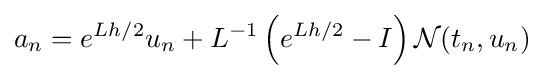
a_{n}=e^{Lh/2}u_{n}+L^{-1}\left(e^{Lh/2}-I\right){\mathcal {N}}(t_{n},u_{n})